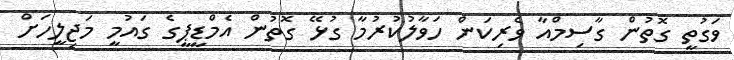
ވަގުތީ ގޮތުން ގާސިމްއާ ވެރިކަން ހަވާލުުކުރުމާ ގުޅޭ ގޮތުން އެމްޑީޕީގެ ގައުމީ މަޖިލީހަށް